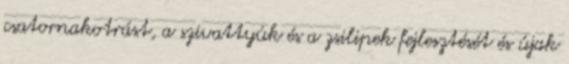
csatornakotrást, a szivattyúk és a zsilipek fejlesztését és újak